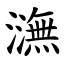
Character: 㶃